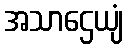
အသာဌေယျံ